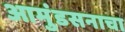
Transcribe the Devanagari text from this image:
आमुंडसनाचा